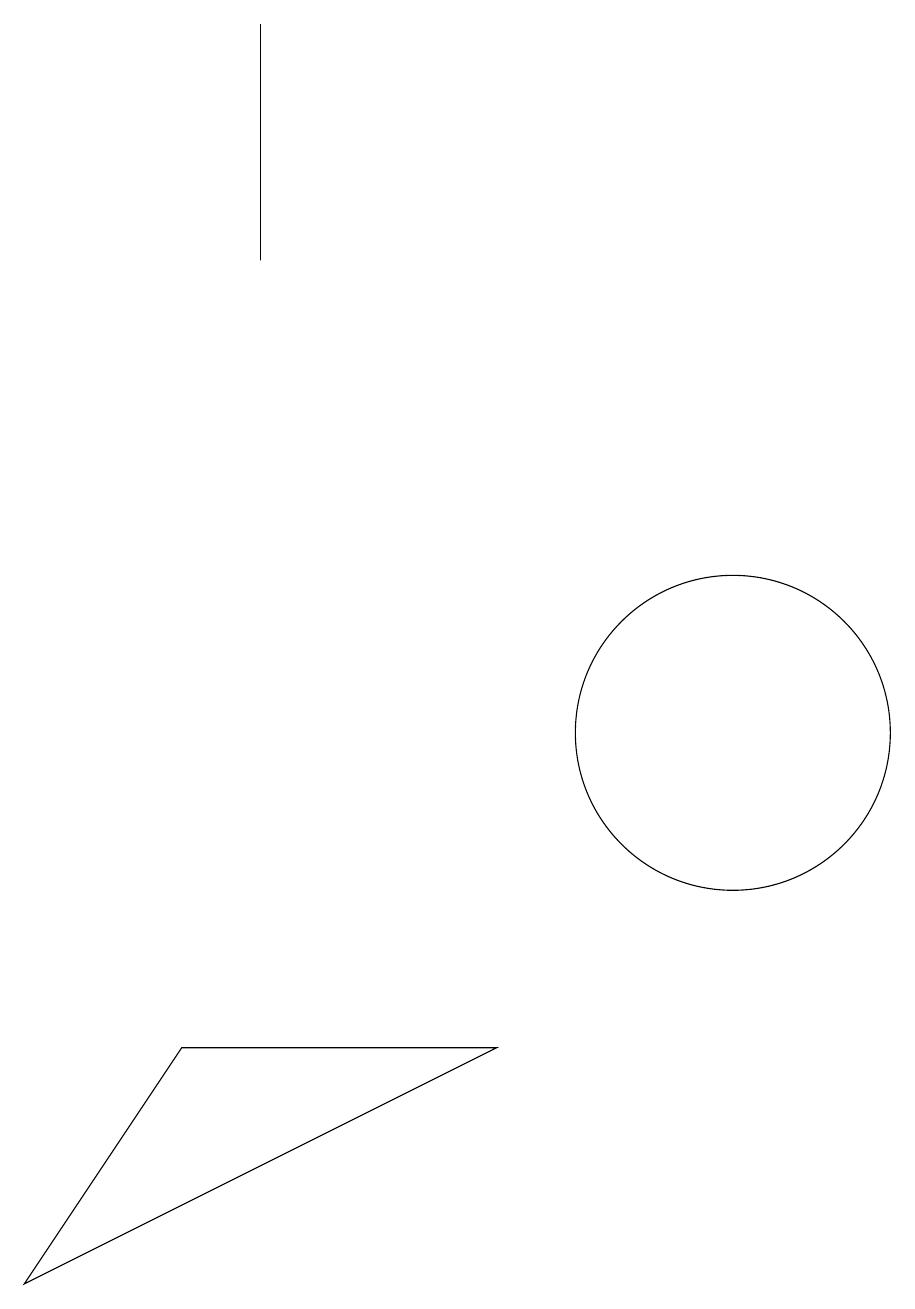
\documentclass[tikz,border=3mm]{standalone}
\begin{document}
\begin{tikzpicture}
\draw (10,10) circle (2);
\draw (4,16) rectangle (4,19);
\draw (7,6) -- (3,6) -- (1,3) -- cycle;
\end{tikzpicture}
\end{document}